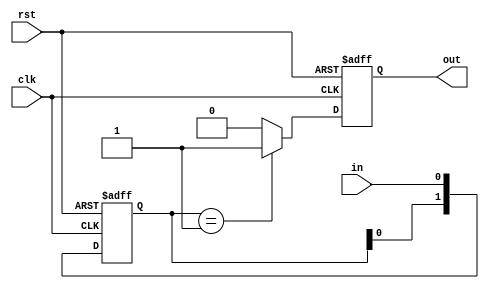
// Detect rising or falling edge of signal

// afinogeev

module EDGER (
	input clk,
	input rst,
	input in,
	output out
);

parameter TYPE = 0; // 0 - rise; 1 - fall; 2 - rise/fall

localparam edg = TYPE ? 2'b10 : 2'b01;

reg [1:0] sig_buf; 

reg out_r;
assign out = out_r;

always @(posedge rst or posedge clk) begin
	if(rst) begin
		sig_buf <= 0;
		out_r <= 0;
	end
	else begin
		out_r <= 0;
		sig_buf <= {sig_buf[0], in};

		if(TYPE == 2) begin
			if(sig_buf == 2'b01 || sig_buf == 2'b10)
				out_r <= 1;
		end
		else if(sig_buf == edg)
			out_r <= 1;
	end
end
	
endmodule